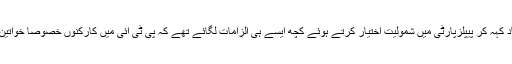
دو ہفتے قبل ناز بلوچ نے تحریک انصاف کو خیرباد کہہ کر پیپلزپارٹی میں شمولیت اختیار کرتے ہوئے کچھ ایسے ہی الزامات لگائے تھے کہ پی ٹی آئی میں کارکنوں خصوصاً خواتین کی کوئی عزت نہیں انہیں دھکے دیئے جاتے ہیں۔